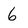
Character: 6